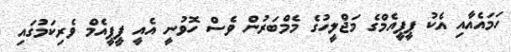
ހަމައެއާއި އެކު ޕީޕީއެމްގެ މަޖްލީހުގެ މެމްބަރުން ވެސް ހޮވުނީ އެއީ ޕީޕީއެމް ވެރިކަމުގައި